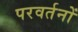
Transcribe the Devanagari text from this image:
परवर्तनों